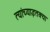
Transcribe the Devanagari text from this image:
त्यांच्याइतक्या